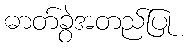
ဓာတ်ခွဲအတည်ပြု